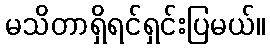
မသိတာရှိရင်ရှင်းပြမယ်။